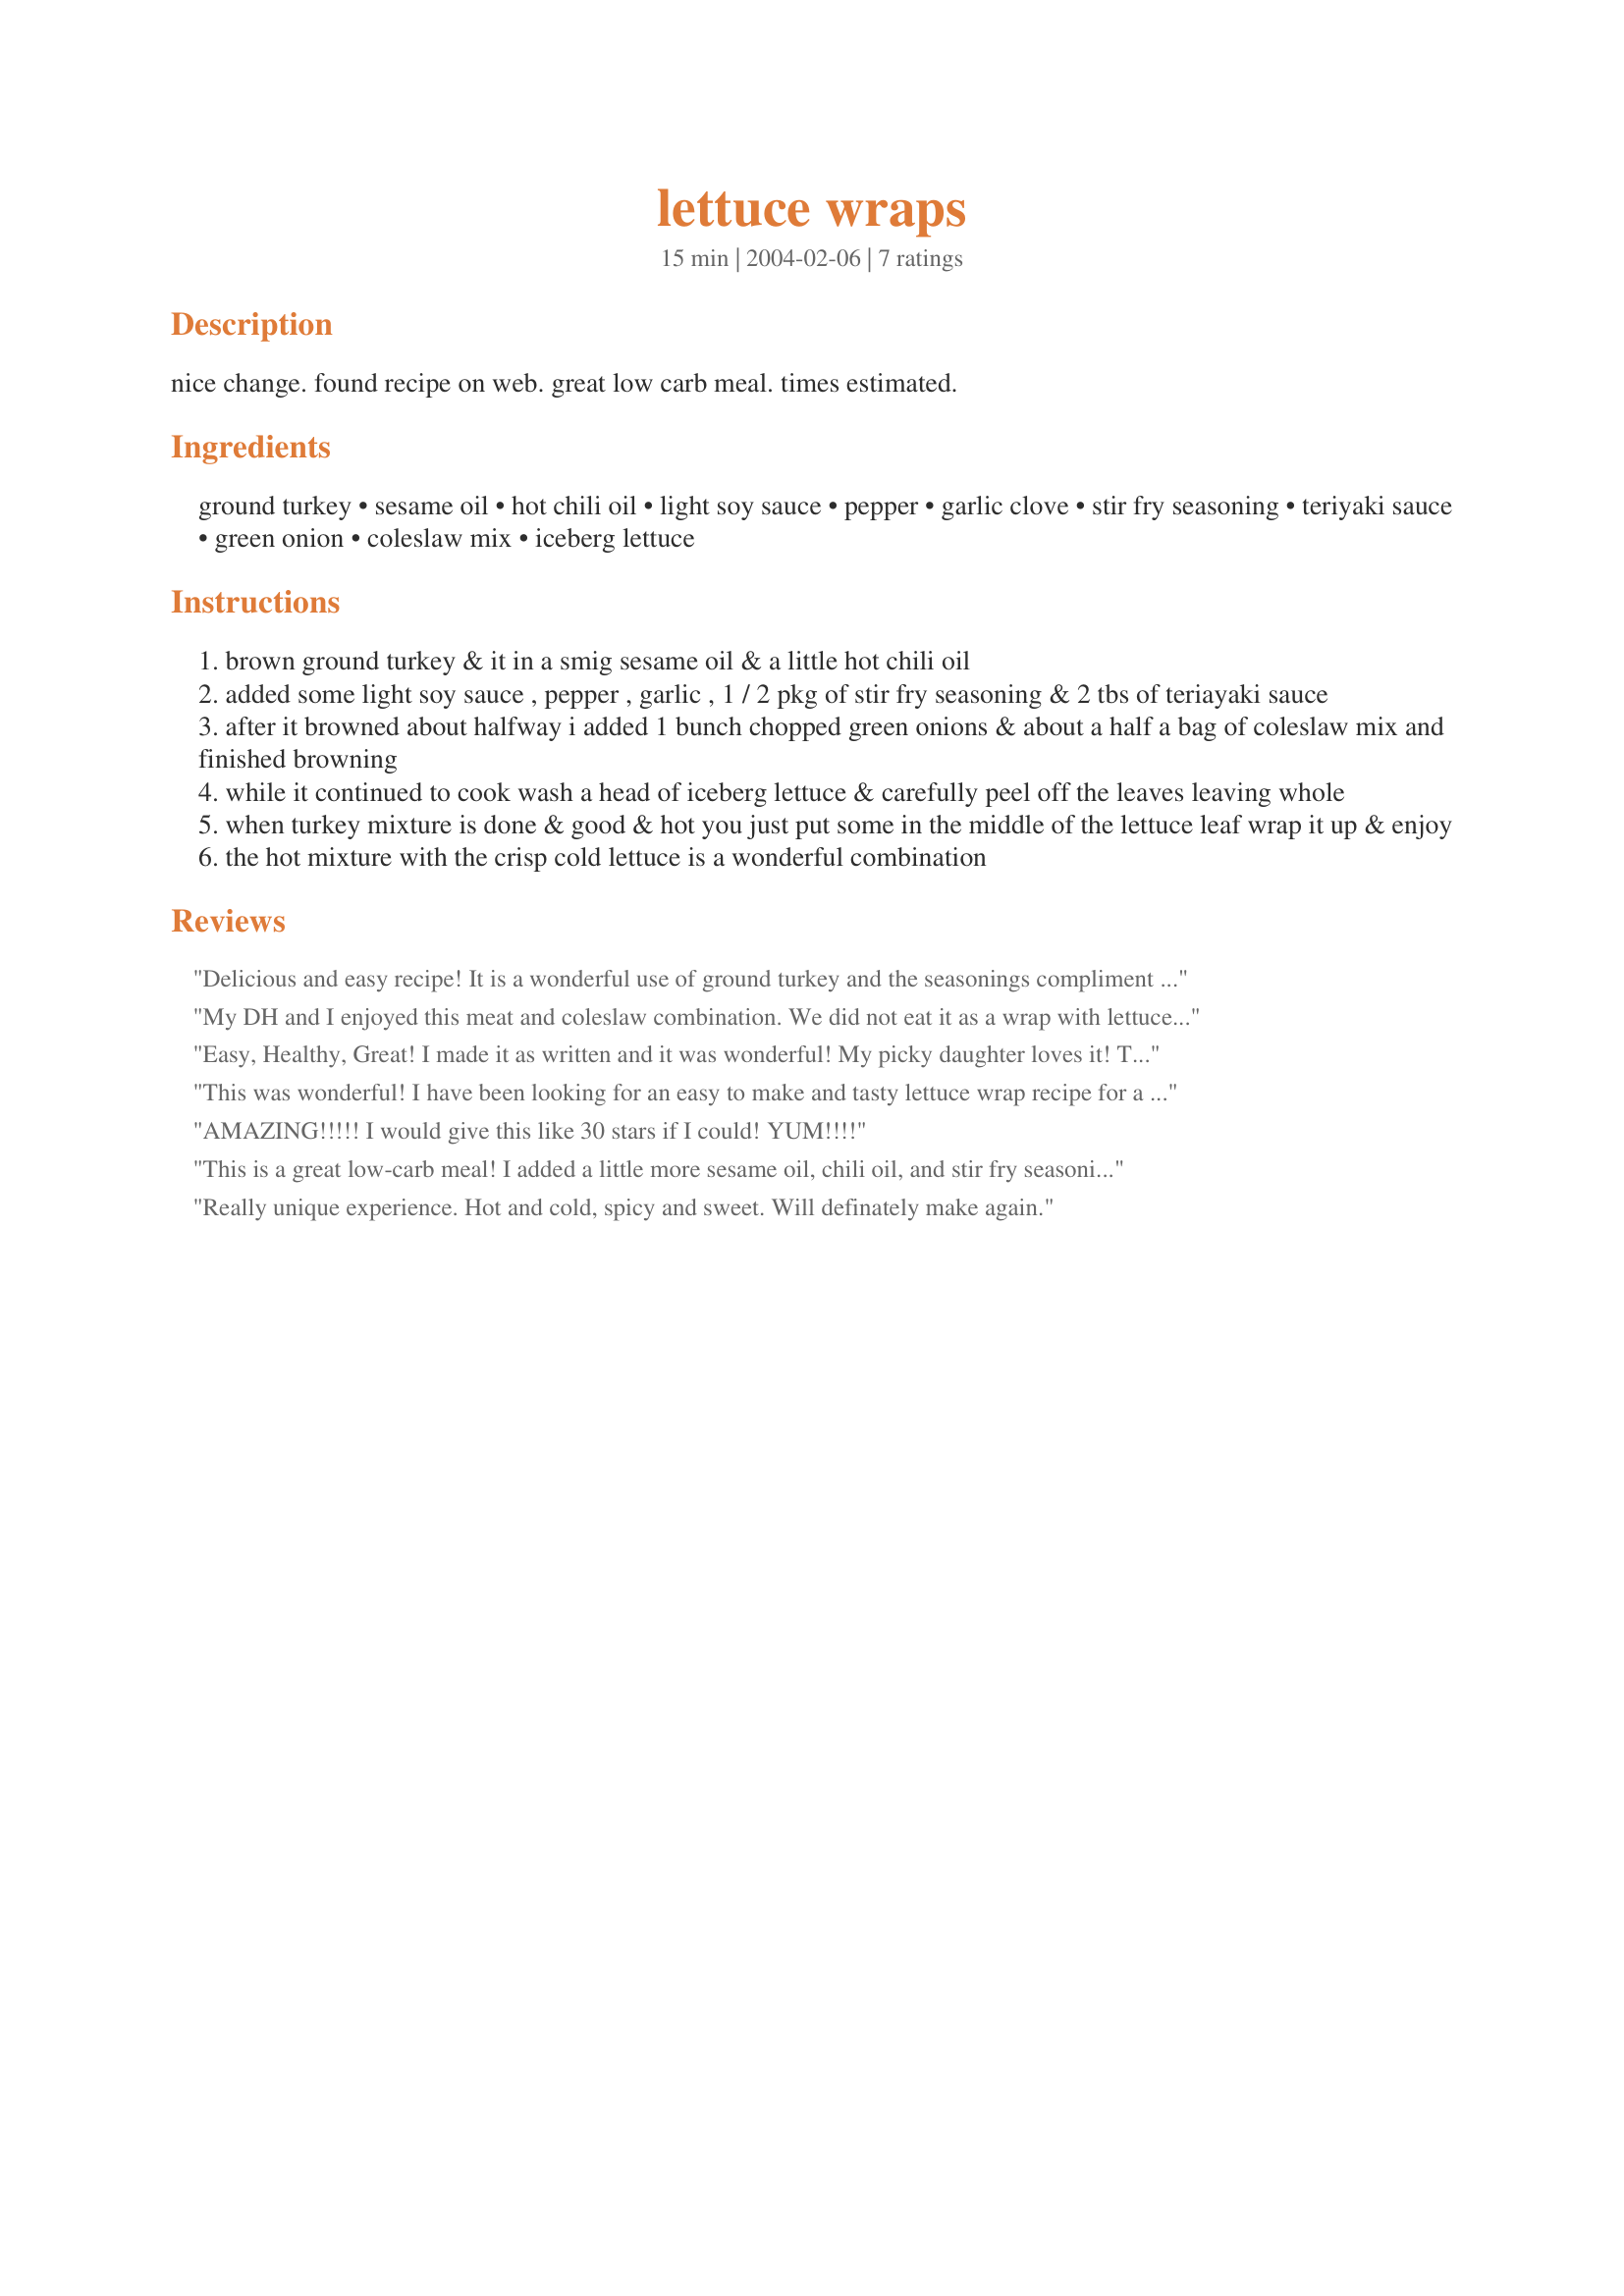
lettuce wraps
Preparation time: 15 minutes

nice change. found recipe on web. great low carb meal. times estimated.

Ingredients:
ground turkey, sesame oil, hot chili oil, light soy sauce, pepper, garlic clove, stir fry seasoning, teriyaki sauce, green onion, coleslaw mix, iceberg lettuce

Steps:
brown ground turkey & it in a smig sesame oil & a little hot chili oil
added some light soy sauce , pepper , garlic , 1 / 2 pkg of stir fry seasoning & 2 tbs of teriayaki sauce
after it browned about halfway i added 1 bunch chopped green onions & about a half a bag of coleslaw mix and finished browning
while it continued to cook wash a head of iceberg lettuce & carefully peel off the leaves leaving whole
when turkey mixture is done & good & hot you just put some in the middle of the lettuce leaf wrap it up & enjoy
the hot mixture with the crisp cold lettuce is a wonderful combination

Reviews:
Delicious and easy recipe! It is a wonderful use of ground turkey and the seasonings compliment it perfectly - the whole family enjoyed it. I will definitely make this again!
My DH and I enjoyed this meat and coleslaw combination. We did not eat it as a wrap with lettuce. I prepared the ground meat and seasonings the day before, then briefly sauteed the coleslaw mix in a little more sesame oil, added in the meat mixture and heated it through. I did omit the chili oil but sprinkled a little chile powder. Thanks for posting.
Easy, Healthy, Great! I made it as written and it was wonderful! My picky daughter loves it! Thanks for sharing!
This was wonderful! I have been looking for an easy to make and tasty lettuce wrap recipe for a while and my search is over. I omitted the stir-fry seasoning mix since I didn't have it and just added a little extra soy and teriyaki. I served this with mango salsa (#42802) and crushed peanuts similar to how I enjoy this dish at the Elephant Bar restaurant here in Kansas City. My whole family loved this meal so I will definitely make again. Thanks for posting!
AMAZING!!!!! I would give this like 30 stars if I could! YUM!!!!
This is a great low-carb meal! I added a little more sesame oil, chili oil, and stir fry seasoning than the recipe called for just to give the meat some more flavor.
Really unique experience. Hot and cold, spicy and sweet. Will definately make again.
